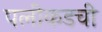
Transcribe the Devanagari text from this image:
पलीकडची